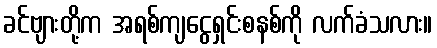
ခင်ဗျားတို့က အရစ်ကျငွေရှင်းစနစ်ကို လက်ခံသလား။